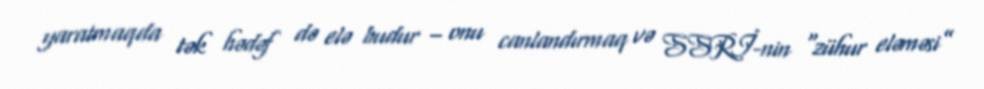
yaratmaqda tək hədəf də elə budur – onu canlandırmaq və SSRİ-nin “zühur eləməsi”